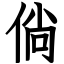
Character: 倘